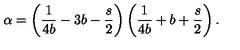
\alpha = \left( { \frac { 1 } { 4 b } } - 3 b - \frac { s } { 2 } \right) \left( { \frac { 1 } { 4 b } } + b + \frac { s } { 2 } \right) .